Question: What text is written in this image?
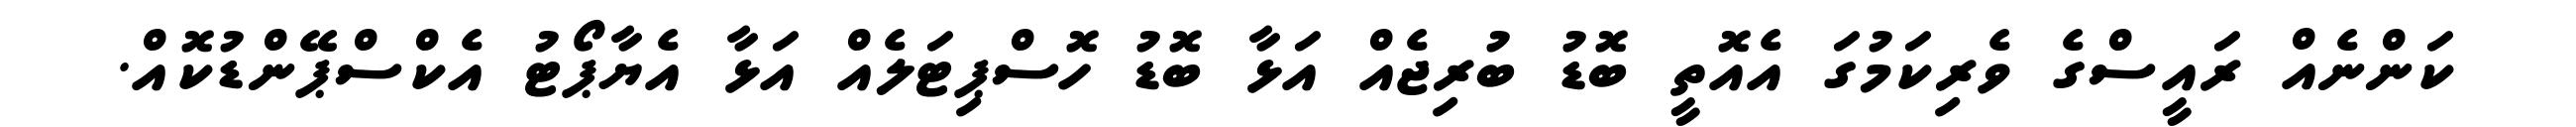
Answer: ކަންނެއް ރައީސްގެ ވެރިކަމުގަ އެއޮތީ ބޮޑު ބުރިޖެއް އަޅާ ބޮޑު ހޮސްޕިޓަލެއް އަޅާ އެޔާޕޯޓު އެކްސްޕޭންޑުކޮއް.